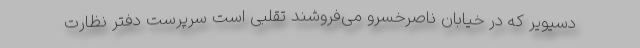
دسیویر که در خیابان ناصرخسرو می‌فروشند تقلبی است سرپرست دفتر نظارت